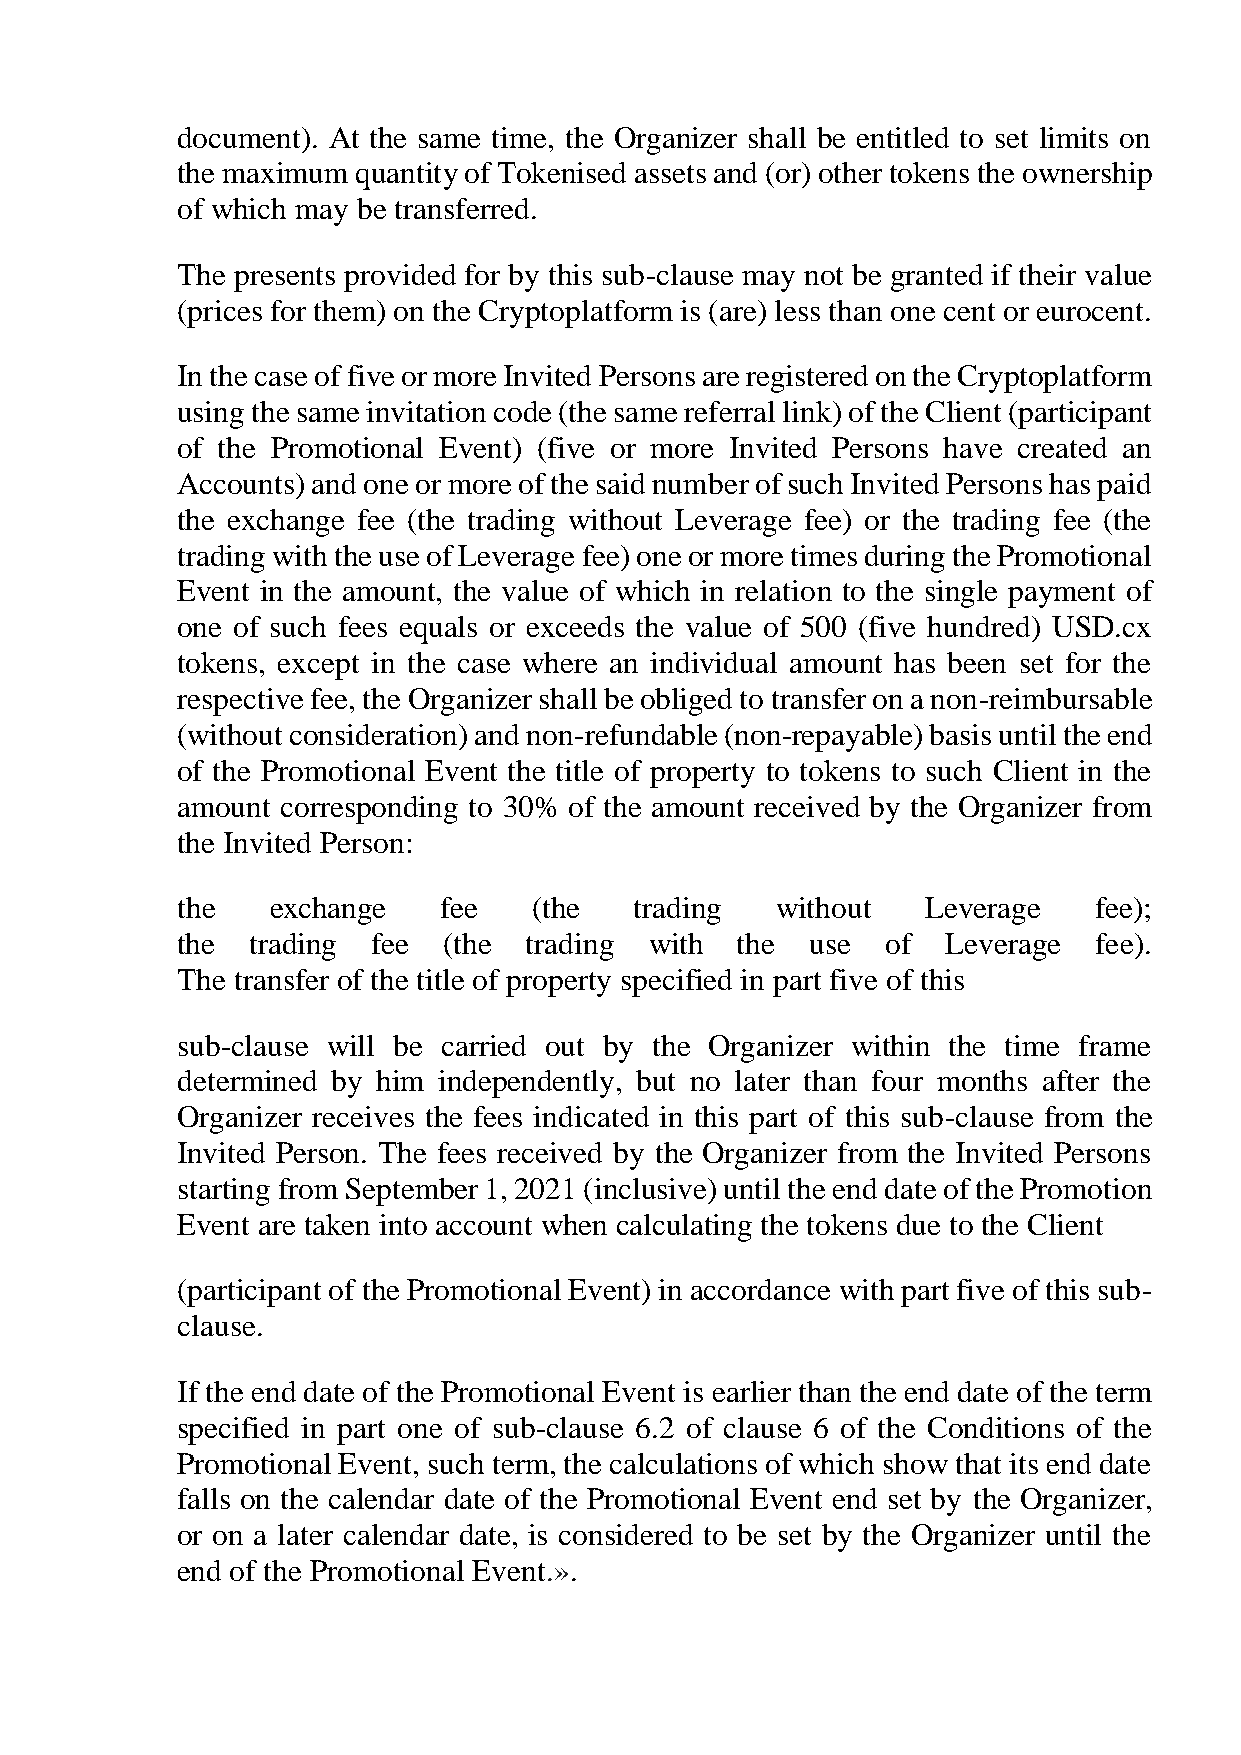
document). At the same time, the Organizer shall be entitled to set limits on
 the maximum quantity of Tokenised assets and (or) other tokens the ownership
 of which may be transferred.
 The presents provided for by this sub-clause may not be granted if their value
 (prices for them) on the Cryptoplatform is (are) less than one cent or eurocent.
 In the case of five or more Invited Persons are registered on the Cryptoplatform
 using the same invitation code (the same referral link) of the Client (participant
 of the Promotional Event) (five or more Invited Persons have created an
 Accounts) and one or more of the said number of such Invited Persons has paid
 the exchange fee (the trading without Leverage fee) or the trading fee (the
 trading with the use of Leverage fee) one or more times during the Promotional
 Event in the amount, the value of which in relation to the single payment of
 one of such fees equals or exceeds the value of 500 (five hundred) USD.cx
 tokens, except in the case where an individual amount has been set for the
 respective fee, the Organizer shall be obliged to transfer on a non-reimbursable
 (without consideration) and non-refundable (non-repayable) basis until the end
 of the Promotional Event the title of property to tokens to such Client in the
 amount corresponding to 30% of the amount received by the Organizer from
 the Invited Person:
 the   exchange   fee   (the   trading  without   Leverage   fee);
 the  trading fee (the  trading with  the  use  of  Leverage fee).
 The transfer of the title of property specified in part five of this
 sub-clause will be carried out by the Organizer within the time frame
 determined by him independently, but no later than four months after the
 Organizer receives the fees indicated in this part of this sub-clause from the
 Invited Person. The fees received by the Organizer from the Invited Persons
 starting from September 1, 2021 (inclusive) until the end date of the Promotion
 Event are taken into account when calculating the tokens due to the Client
 (participant of the Promotional Event) in accordance with part five of this sub-
 clause.
 If the end date of the Promotional Event is earlier than the end date of the term
 specified in part one of sub-clause 6.2 of clause 6 of the Conditions of the
 Promotional Event, such term, the calculations of which show that its end date
 falls on the calendar date of the Promotional Event end set by the Organizer,
 or on a later calendar date, is considered to be set by the Organizer until the
 end of the Promotional Event.».